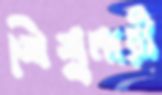
শিশুনারী